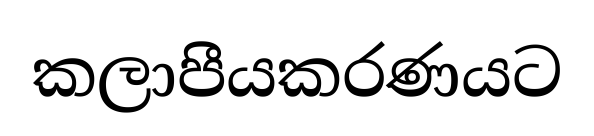
කලාපීයකරණයට